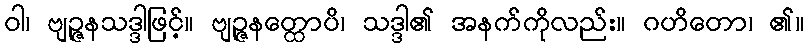
ဝါ၊ ဗျဉ္ဇနသဒ္ဒါဖြင့်။ ဗျဉ္ဇနတ္ထောပိ၊ သဒ္ဒါ၏ အနက်ကိုလည်း။ ဂဟိတော၊ ၏။